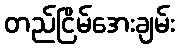
တည်ငြိမ်အေးချမ်း